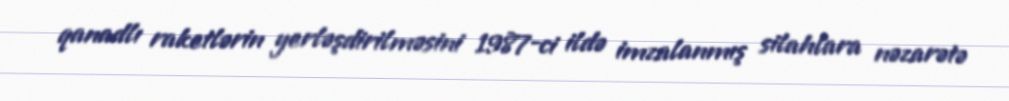
qanadlı raketlərin yerləşdirilməsini 1987-ci ildə imzalanmış silahlara nəzarətə